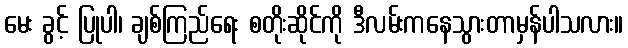
မေး ခွင့် ပြုပါ၊ ချစ်ကြည်ရေး စတိုးဆိုင်ကို ဒီလမ်းကနေသွားတာမှန်ပါသလား။